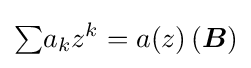
{\textstyle \sum }a_{k}z^{k}=a(z)\,({\boldsymbol {B}})